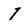
Character: 1